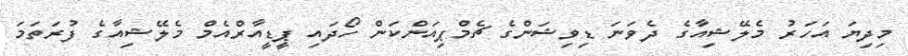
މިދިޔަ އަހަރު މެލޭޝިއާގެ ދެވަނަ ޑިވިޝަންގެ ޗެމްޕިއަންކަން ހޯދައި ޕީޑީއާރްއެމް މެލޭޝިއާގެ ފުރަތަމަ